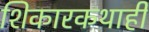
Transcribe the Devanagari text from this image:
शिकारकथाही